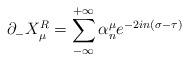
LaTeX: \begin{align*}\partial_{-}X^R_{\mu}=\sum_{-\infty}^{+\infty}\alpha^{\mu}_ne^{-2in(\sigma-\tau)}\end{align*}